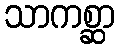
သာကစ္ဆာ